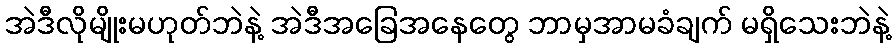
အဲဒီလိုမျိုးမဟုတ်ဘဲနဲ့ အဲဒီအခြေအနေတွေ ဘာမှအာမခံချက် မရှိသေးဘဲနဲ့